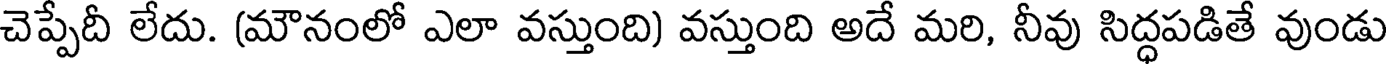
చెప్పేదీ లేదు. (మౌనంలో ఎలా వస్తుంది) వస్తుంది అదే మరి, నీవు సిద్ధపడితే వుండు